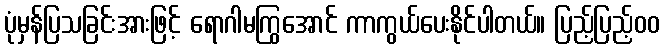
ပုံမှန်ပြသခြင်းအားဖြင့် ရောဂါမကြွအောင် ကာကွယ်ပေးနိုင်ပါတယ်။ ပြည့်ပြည့်ဝဝ